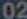
02